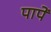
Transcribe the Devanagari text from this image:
पापें